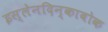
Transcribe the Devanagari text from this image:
इस्लेनदिन्काबोक